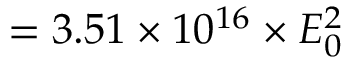
= 3 . 5 1 \times 1 0 ^ { 1 6 } \times { \cal E } _ { 0 } ^ { 2 }